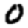
Digit: 0